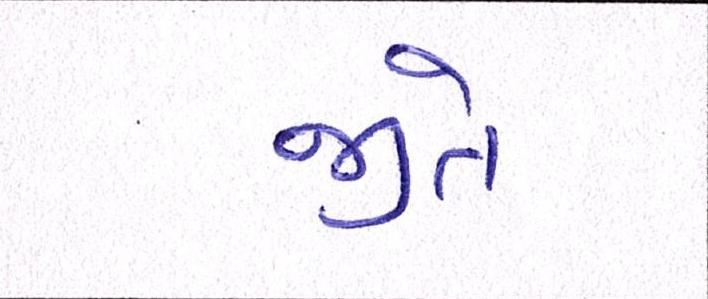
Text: જીતે